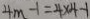
4 m - 1 = 4 \times 4 - 1